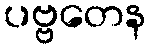
ပဗ္ဗတေန